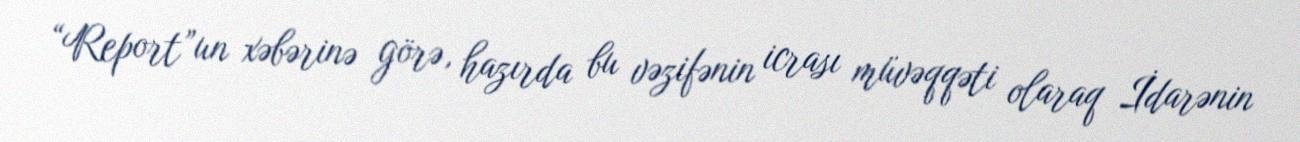
“Report”un xəbərinə görə, hazırda bu vəzifənin icrası müvəqqəti olaraq İdarənin